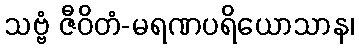
သဗ္ဗံ ဇီဝိတံ-မရဏပရိယောသာန၊